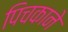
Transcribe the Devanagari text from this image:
पिचकाने